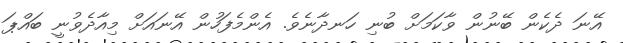
އޭނަ ދެކެން ބޭނުން ވާކަމަށް ބުނި ހަނދާނެވެ. އެންމެފަހުން އޭނައަށް މިއާދެވުނީ ބައްޕަ